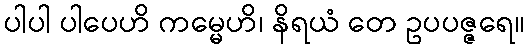
ပါပါ ပါပေဟိ ကမ္မေဟိ၊ နိရယံ တေ ဥပပဇ္ဇရေ။